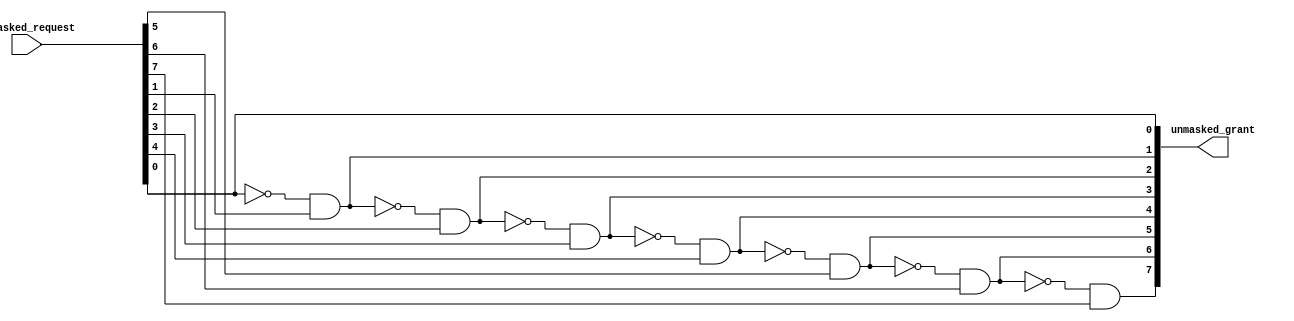
`timescale 1ns / 1ps
//////////////////////////////////////////////////////////////////////////////////
// Company: 
// Engineer: 
// 
// Design Name: 
// Module Name:    Unmasked_Priority_Arbiter 
// Project Name: 
// Target Devices: 
// Tool versions: 
// Description: 
//
// Dependencies: 
//
// Revision: 
// Revision 0.01 - File Created
// Additional Comments: 
//
//////////////////////////////////////////////////////////////////////////////////
module Unmasked_Priority_Arbiter #(
		parameter width = 8
    )
	 (
		input [width-1:0] unmasked_request,
		output [width-1:0] unmasked_grant
	 );

assign unmasked_grant[0] = unmasked_request[0];
genvar index;

generate
	for(index = 1; index < width; index = index + 1)
	begin: generate_grant_signal	
		assign unmasked_grant[index] = ~unmasked_grant[index-1] && unmasked_request[index];
	end
endgenerate
	
endmodule